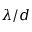
\lambda / d